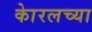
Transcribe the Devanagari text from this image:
काेरलच्या